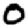
Digit: 0